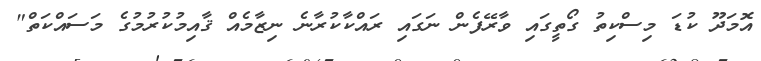
އޮމަދޫ ކުޑަ މިސްކިތު ގޯތީގައި ވާރޭފެން ނަގައި ރައްކާކުރާނެ ނިޒާމެއް ޤާއިމުކުރުމުގެ މަސައްކަތް"